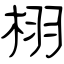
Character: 栩